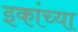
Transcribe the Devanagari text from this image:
इकांच्या